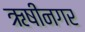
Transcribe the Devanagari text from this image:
ऋषीनगर